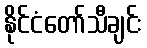
နိုင်ငံတော်သီချင်း